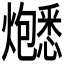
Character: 𬋚